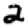
Digit: 2